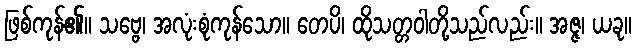
ဖြစ်ကုန်၏။ သဗ္ဗေ၊ အလုံးစုံကုန်သော။ တေပိ၊ ထိုသတ္တဝါတို့သည်လည်း။ အဇ္ဇ၊ ယခု။